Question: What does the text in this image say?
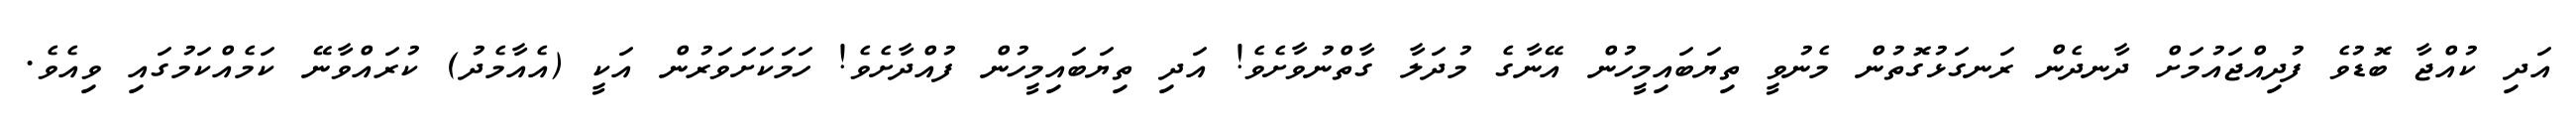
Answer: އަދި ކުއްޖާ ބޮޑުވެ ފުދިއްޖައުމަށް ދާނދެން ރަނގަޅުގޮތުން މެނުވީ ތިޔަބައިމީހުން އޭނާގެ މުދަލާ ގާތްނުވާށެވެ! އަދި ތިޔަބައިމީހުން ފުއްދާށެވެ! ހަމަކަށަވަރުން އަކީ (އެއާމެދު) ކުރައްވާނޭ ކަމެއްކަމުގައި ވިއެވެ.